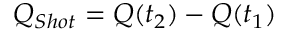
Q _ { S h o t } = Q ( t _ { 2 } ) - Q ( t _ { 1 } )